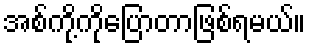
အစ်ကို့ကိုပြောတာဖြစ်ရမယ်။